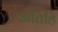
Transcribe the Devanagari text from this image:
अतिहि